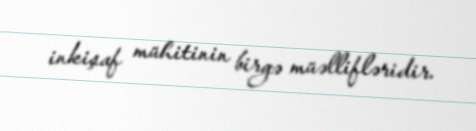
inkişaf mühitinin birgə müəllifləridir.